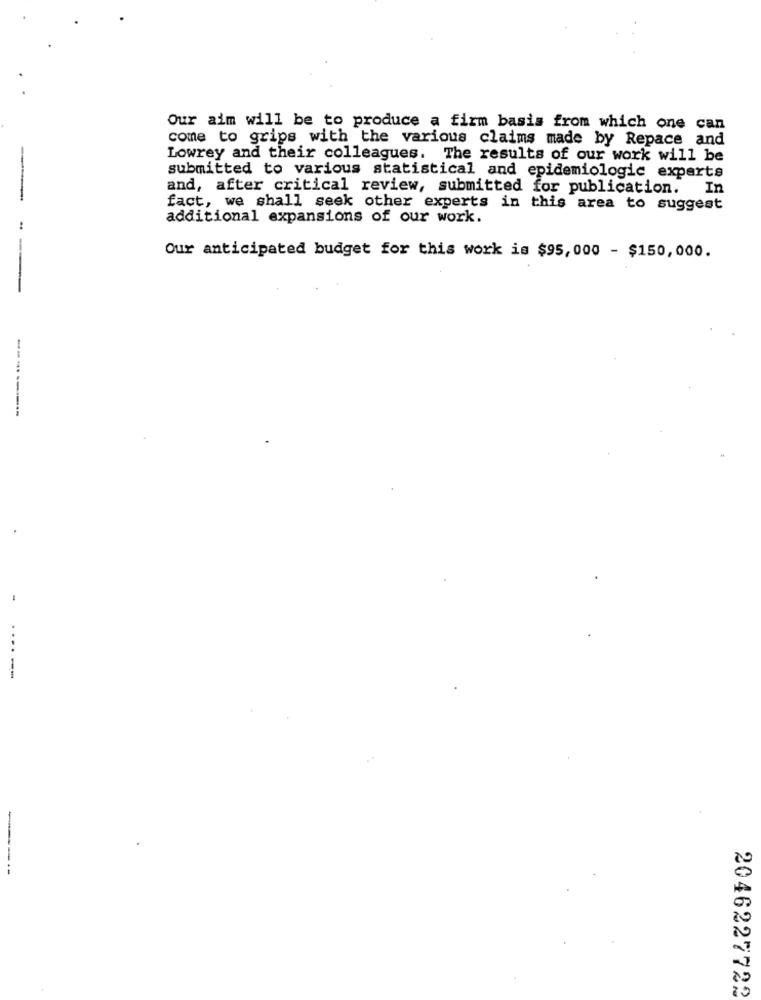
Our aim will be to produce a firm basis from which one can
come to grips with the various claims made by Repace and
Lowrey and their colleagues. The results of our work will be
submitted to various statistical and epidemiologic experts
and, after critical review, submitted for publication.
In
fact, we shall seek other experts in this area to suggest
additional expansions of our work.
--
Our anticipated budget for this work is $95,000 - $150,000.
----------
....-
----
2046227722